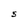
Character: S